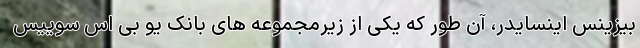
بیزینس اینسایدر، آن طور که یکی از زیرمجموعه های بانک یو بی اس سوییس